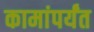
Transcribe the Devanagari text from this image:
कामांपर्यंत